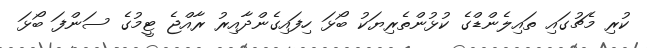
ކުރި މެޗުގައި ތައިލެންޑްގެ ކުޅުންތެރިޔަކު ބޯޅަ ހިފައިގެންދާއިރު ރާއްޖެ ޓީމުގެ ސަންފަ ބޯޅަ